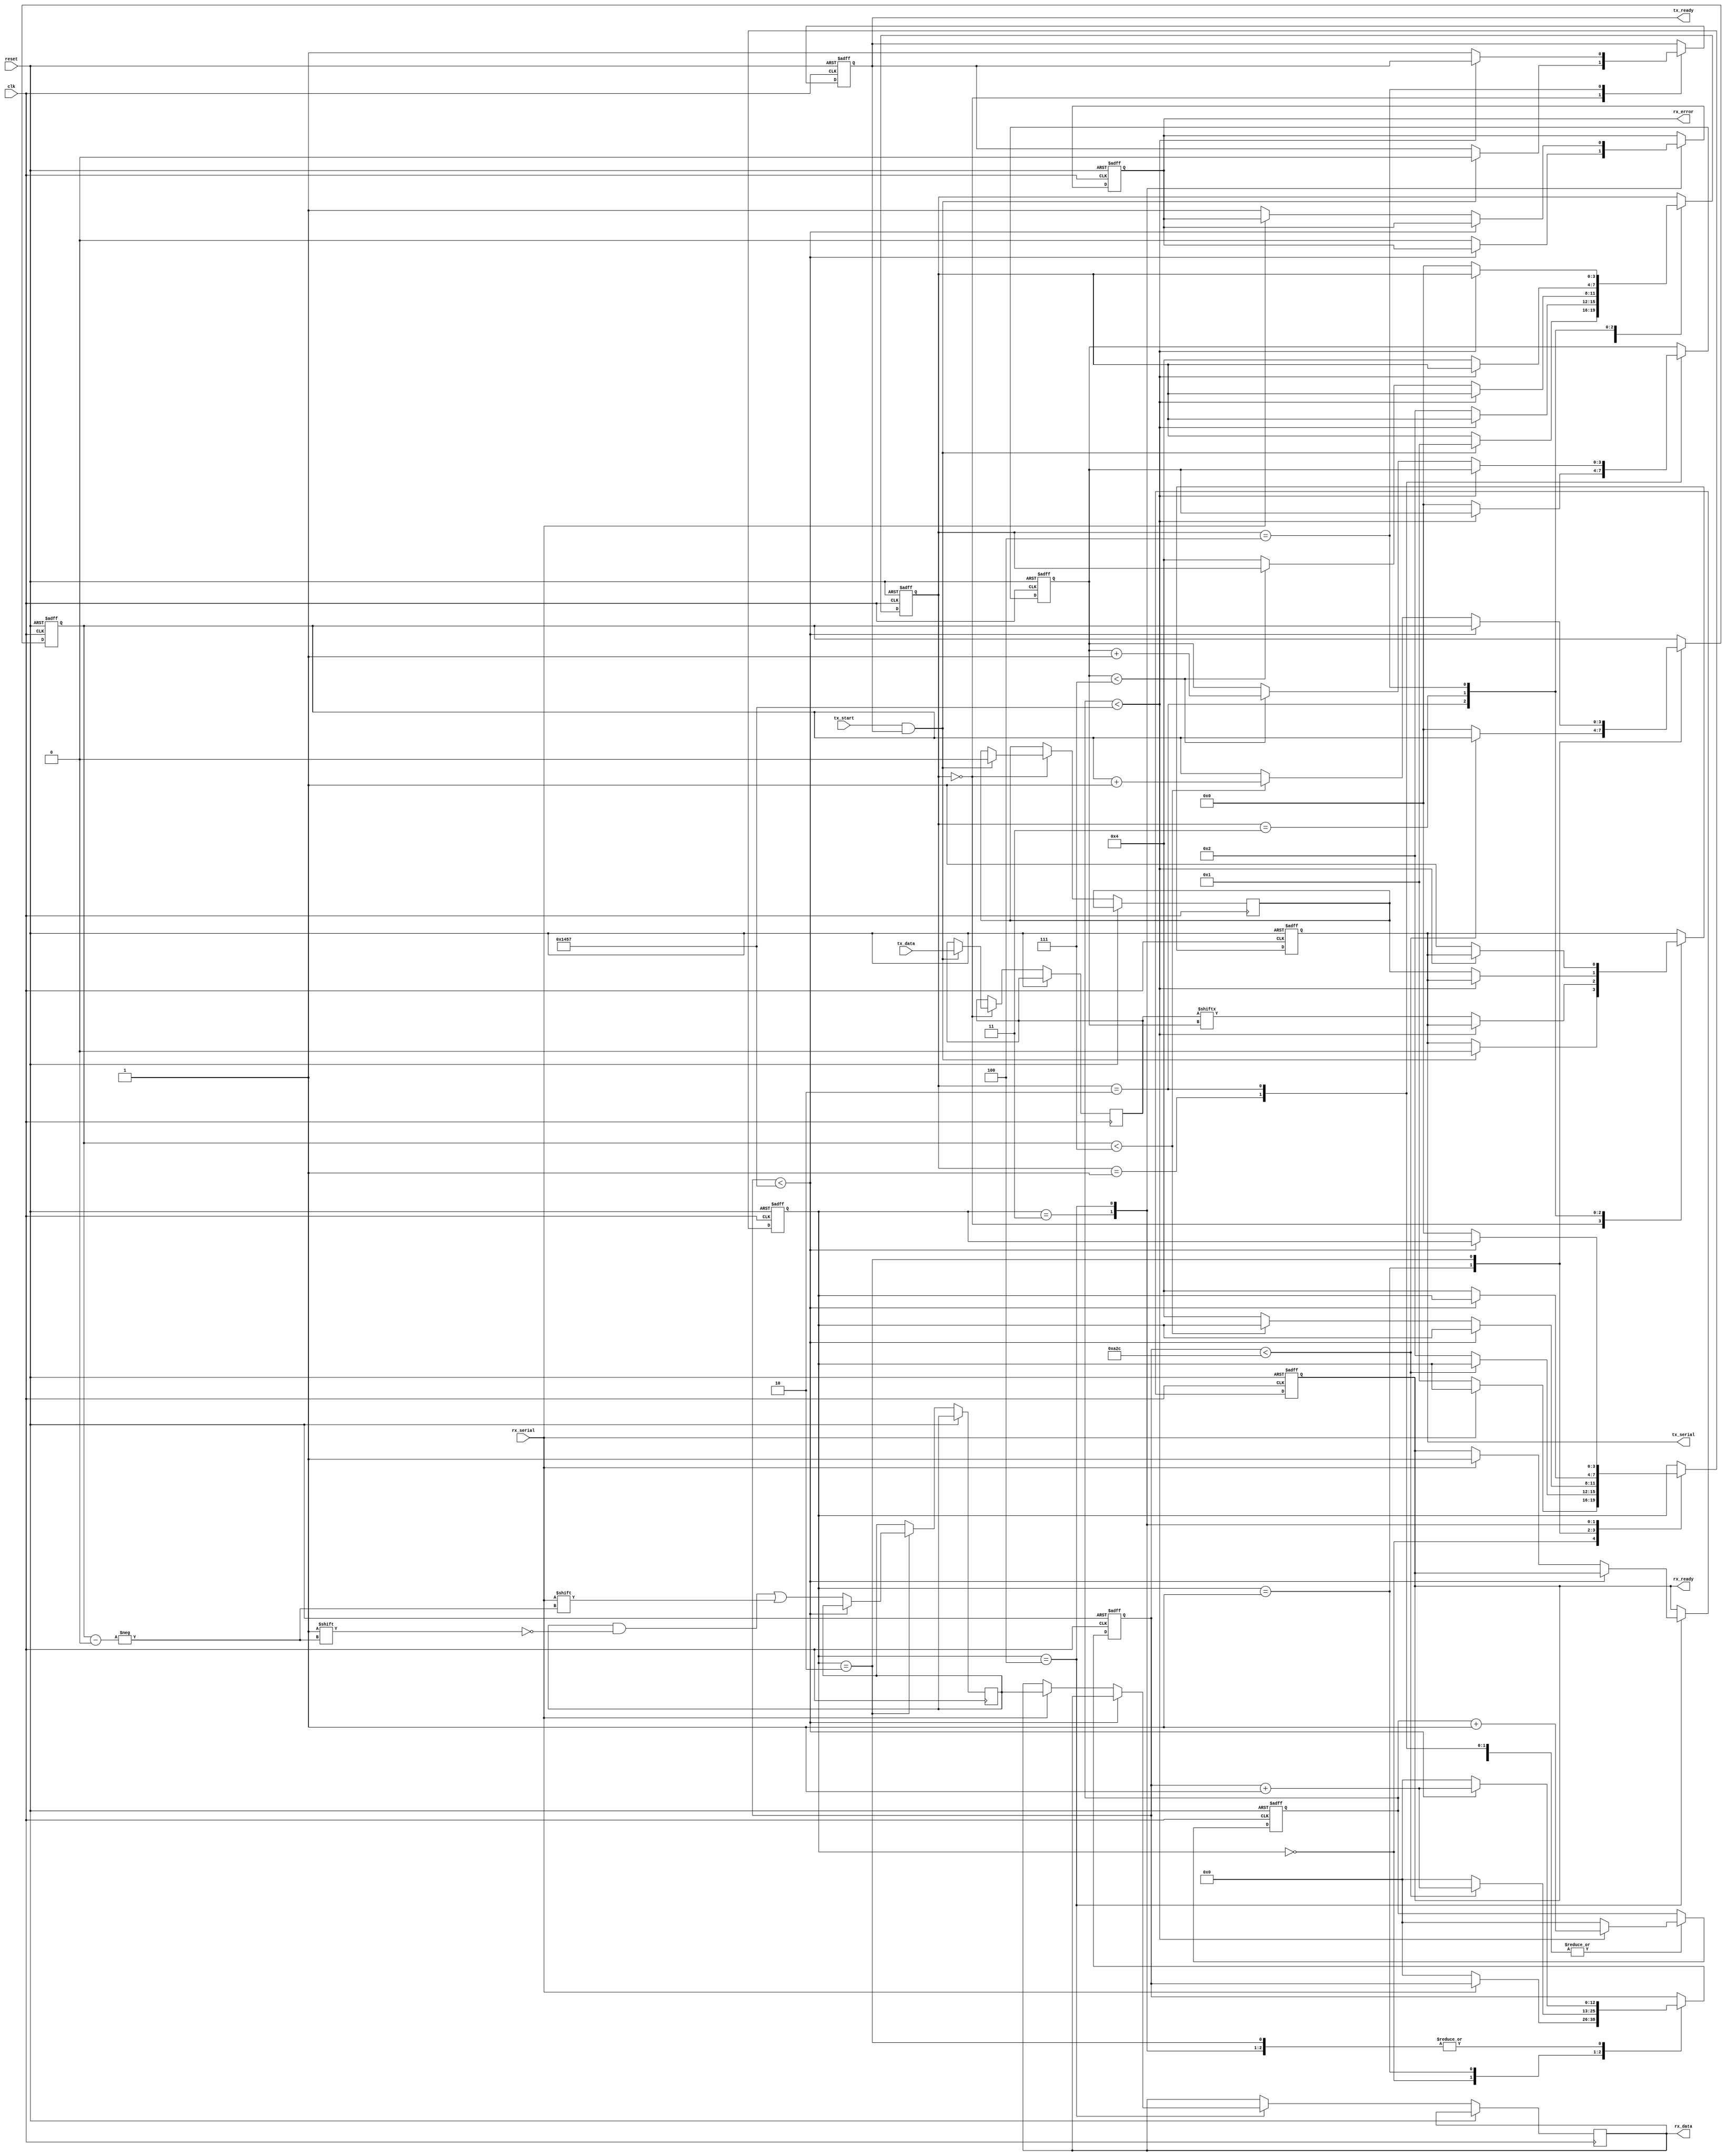
module parameterized_uart #(
    parameter BAUD_RATE = 9600,
    parameter DATA_WIDTH = 8,
    parameter STOP_BITS = 1,
    parameter PARITY = "NONE" // Options: "NONE", "EVEN", "ODD"
)(
    input wire clk,
    input wire reset,
    input wire [DATA_WIDTH-1:0] tx_data,
    input wire tx_start,
    output reg tx_ready,
    output reg tx_serial,
    input wire rx_serial,
    output reg [DATA_WIDTH-1:0] rx_data,
    output reg rx_ready,
    output reg rx_error
);

    // Baud rate generator parameters
    localparam CLOCK_FREQ = 50000000; // Example clock frequency
    localparam BAUD_DIV = CLOCK_FREQ / BAUD_RATE;
    localparam BAUD_COUNT_BITS = $clog2(BAUD_DIV);

    // Transmitter state machine
    reg [3:0] tx_state;
    reg [BAUD_COUNT_BITS-1:0] tx_baud_counter;
    reg [3:0] tx_bit_index;
    reg [DATA_WIDTH-1:0] tx_shift_reg;
    reg tx_parity_bit;

    // Receiver state machine
    reg [3:0] rx_state;
    reg [BAUD_COUNT_BITS-1:0] rx_baud_counter;
    reg [3:0] rx_bit_index;
    reg [DATA_WIDTH-1:0] rx_shift_reg;
    reg rx_parity_bit;

    // State definitions
    localparam TX_IDLE = 0, TX_START = 1, TX_DATA = 2, TX_PARITY = 3, TX_STOP = 4;
    localparam RX_IDLE = 0, RX_START = 1, RX_DATA = 2, RX_PARITY = 3, RX_STOP = 4;

    // Transmitter process
    always @(posedge clk or posedge reset) begin
        if (reset) begin
            tx_state <= TX_IDLE;
            tx_ready <= 1;
            tx_serial <= 1; // Idle state is high
            tx_baud_counter <= 0;
            tx_bit_index <= 0;
        end else begin
            case (tx_state)
                TX_IDLE: begin
                    if (tx_start && tx_ready) begin
                        tx_ready <= 0;
                        tx_shift_reg <= tx_data;
                        tx_parity_bit <= (PARITY == "EVEN") ? ~^tx_data : (PARITY == "ODD") ? ^tx_data : 0;
                        tx_state <= TX_START;
                        tx_serial <= 0; // Start bit
                    end
                end
                TX_START: begin
                    if (tx_baud_counter < BAUD_DIV - 1) begin
                        tx_baud_counter <= tx_baud_counter + 1;
                    end else begin
                        tx_baud_counter <= 0;
                        tx_state <= TX_DATA;
                        tx_bit_index <= 0;
                    end
                end
                TX_DATA: begin
                    if (tx_baud_counter < BAUD_DIV - 1) begin
                        tx_baud_counter <= tx_baud_counter + 1;
                    end else begin
                        tx_baud_counter <= 0;
                        tx_serial <= tx_shift_reg[tx_bit_index];
                        if (tx_bit_index < DATA_WIDTH - 1) begin
                            tx_bit_index <= tx_bit_index + 1;
                        end else begin
                            if (PARITY != "NONE") begin
                                tx_state <= TX_PARITY;
                            end else begin
                                tx_state <= TX_STOP;
                            end
                        end
                    end
                end
                TX_PARITY: begin
                    if (tx_baud_counter < BAUD_DIV - 1) begin
                        tx_baud_counter <= tx_baud_counter + 1;
                    end else begin
                        tx_baud_counter <= 0;
                        tx_serial <= tx_parity_bit;
                        tx_state <= TX_STOP;
                    end
                end
                TX_STOP: begin
                    if (tx_baud_counter < BAUD_DIV - 1) begin
                        tx_baud_counter <= tx_baud_counter + 1;
                    end else begin
                        tx_baud_counter <= 0;
                        tx_serial <= 1; // Stop bit
                        tx_state <= TX_IDLE;
                        tx_ready <= 1; // Ready for next transmission
                    end
                end
            endcase
        end
    end

    // Receiver process
    always @(posedge clk or posedge reset) begin
        if (reset) begin
            rx_state <= RX_IDLE;
            rx_ready <= 0;
            rx_error <= 0;
            rx_baud_counter <= 0;
            rx_bit_index <= 0;
        end else begin
            case (rx_state)
                RX_IDLE: begin
                    if (rx_serial == 0) begin // Start bit detected
                        rx_state <= RX_START;
                        rx_baud_counter <= 0;
                    end
                end
                RX_START: begin
                    if (rx_baud_counter < BAUD_DIV / 2) begin
                        rx_baud_counter <= rx_baud_counter + 1;
                    end else begin
                        rx_baud_counter <= 0;
                        rx_state <= RX_DATA;
                        rx_bit_index <= 0;
                    end
                end
                RX_DATA: begin
                    if (rx_baud_counter < BAUD_DIV - 1) begin
                        rx_baud_counter <= rx_baud_counter + 1;
                    end else begin
                        rx_baud_counter <= 0;
                        rx_shift_reg[rx_bit_index] <= rx_serial;
                        if (rx_bit_index < DATA_WIDTH - 1) begin
                            rx_bit_index <= rx_bit_index + 1;
                        end else begin
                            if (PARITY != "NONE") begin
                                rx_state <= RX_PARITY;
                            end else begin
                                rx_state <= RX_STOP;
                            end
                        end
                    end
                end
                RX_PARITY: begin
                    if (rx_baud_counter < BAUD_DIV - 1) begin
                        rx_baud_counter <= rx_baud_counter + 1;
                    end else begin
                        rx_baud_counter <= 0;
                        rx_parity_bit <= rx_serial;
                        // Check parity
                        if ((PARITY == "EVEN" && ^rx_shift_reg != rx_parity_bit) ||
                            (PARITY == "ODD" && ~^rx_shift_reg != rx_parity_bit)) begin
                            rx_error <= 1; // Parity error
                        end else begin
                            rx_error <= 0;
                        end
                        rx_state <= RX_STOP;
                    end
                end
                RX_STOP: begin
                    if (rx_baud_counter < BAUD_DIV - 1) begin
                        rx_baud_counter <= rx_baud_counter + 1;
                    end else begin
                        rx_baud_counter <= 0;
                        if (rx_serial == 1) begin // Stop bit should be high
                            rx_data <= rx_shift_reg;
                            rx_ready <= 1; // Data is ready
                        end else begin
                            rx_error <= 1; // Stop bit error
                        end
                        rx_state <= RX_IDLE;
                    end
                end
            endcase
        end
    end

endmodule